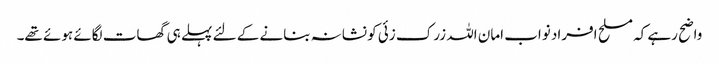
واضح رہے کہ مسلح افراد نواب امان اللہ زرک زئی کو نشانہ بنانے کے لئے پہلے ہی گھات لگائے ہوئے تھے۔